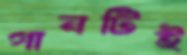
গানটিই